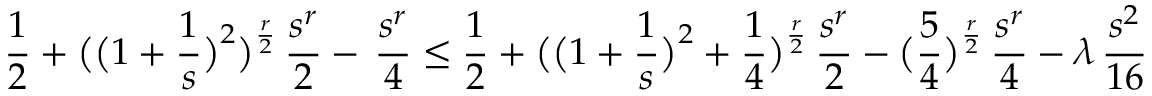
\frac { 1 } { 2 } + \bigl ( \bigl ( 1 + \frac { 1 } { s } \bigr ) ^ { 2 } \bigr ) ^ { \frac { r } { 2 } } \, \frac { s ^ { r } } { 2 } - \, \frac { s ^ { r } } { 4 } \le \frac { 1 } { 2 } + \bigl ( \bigl ( 1 + \frac { 1 } { s } \bigr ) ^ { 2 } + \frac { 1 } { 4 } \bigr ) ^ { \frac { r } { 2 } } \, \frac { s ^ { r } } { 2 } - \bigl ( \frac { 5 } { 4 } \bigr ) ^ { \frac { r } { 2 } } \, \frac { s ^ { r } } { 4 } - \lambda \, \frac { s ^ { 2 } } { 1 6 }